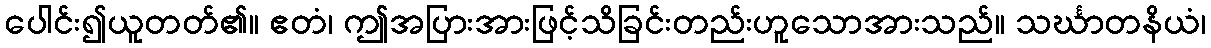
ပေါင်း၍ယူတတ်၏။ ဧတံ၊ ဤအပြားအားဖြင့်သိခြင်းတည်းဟူသောအားသည်။ သင်္ဃာတနိယံ၊